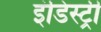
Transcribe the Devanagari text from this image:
इंडिस्ट्री